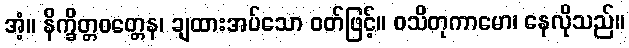
အံ့။ နိက္ခိတ္တဝတ္တေန၊ ချထားအပ်သော ဝတ်ဖြင့်။ ဝသိတုကာမော၊ နေလိုသည်။